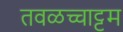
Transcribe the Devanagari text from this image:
तवळच्चाट्टम